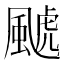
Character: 𱃄